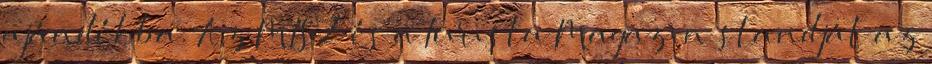
ajándékba. Az MTSZ és a Turista Magazin standját az